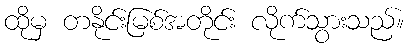
ထိုမှ တနိုင်းမြစ်အတိုင်း လိုက်သွားသည်။